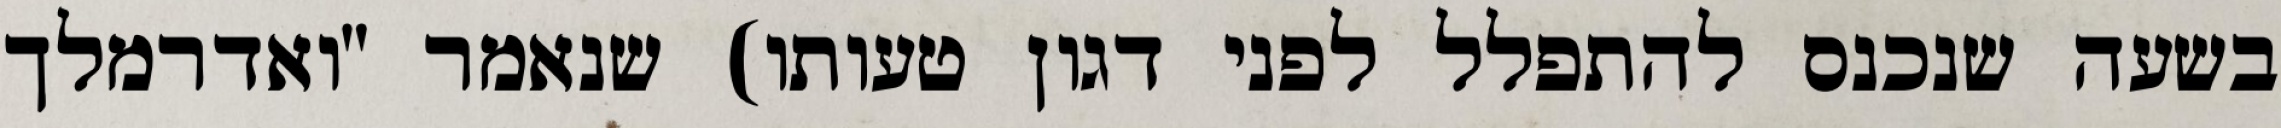
בשעה שנכנס להתפלל לפני דגון טעותו) שנאמר "ואדרמלך